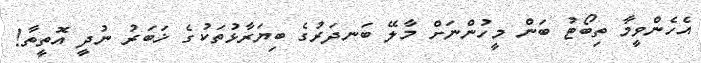
އެހެންވީމާ ތިބޯޓު ބަން މީހުންނަށް މާލޭ ބަނދަރުގެ ބިޔަރާޅުތަކުގެ ޚަބަރު ނުދީ އޮތީތާ!